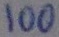
Text: 100